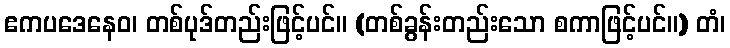
ဧကပဒေနေဝ၊ တစ်ပုဒ်တည်းဖြင့်ပင်။ (တစ်ခွန်းတည်းသော စကာဖြင့်ပင်။) တံ၊